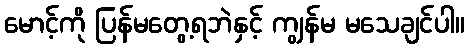
မောင့်ကို ပြန်မတွေ့ရဘဲနှင့် ကျွန်မ မသေချင်ပါ။